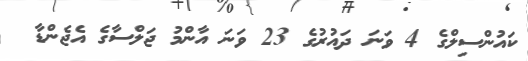
ކައުންސިލްގެ 4 ވަނަ ދައުރުގެ 23 ވަނަ އާންމު ޖަލްސާގެ އެޖެންޑާ